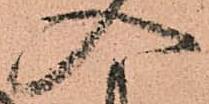
入